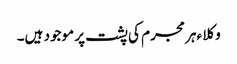
وکلا ءہر مجرم کی پشت پر موجود ہیں۔